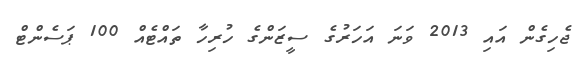
ޖެހިގެން އައި 2013 ވަނަ އަހަރުގެ ސީޒަންގެ ހުރިހާ ތައްޓެއް 100 ޕަސެންޓް